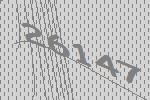
26147